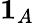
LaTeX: {\mathbf{1}}_{A}